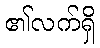
၏လက်ရှိ